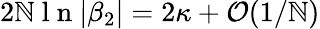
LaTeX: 2\mathbb{N}\mathrm{{~l~n~}}|\beta_{2}|=2\kappa+\mathcal{{O}}(1/\mathbb{N})